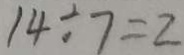
1 4 \div 7 = 2